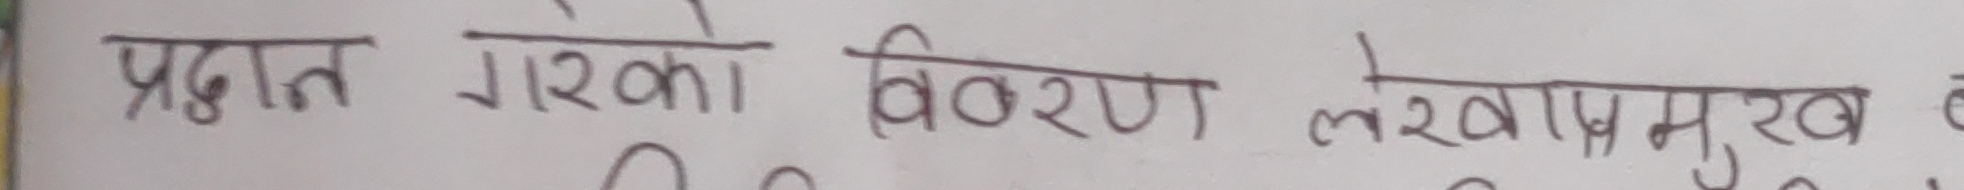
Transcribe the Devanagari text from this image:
प्रदान गरेको विवरण लेखाप्रमुख